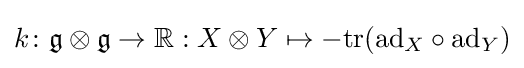
k\colon {\mathfrak {g}}\otimes {\mathfrak {g}}\to \mathbb {R} :X\otimes Y\mapsto -\mathrm {tr} (\mathrm {ad} _{X}\circ \mathrm {ad} _{Y})